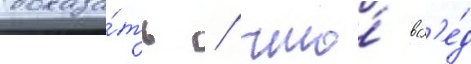
доказа́ть / что́ всл'е́д